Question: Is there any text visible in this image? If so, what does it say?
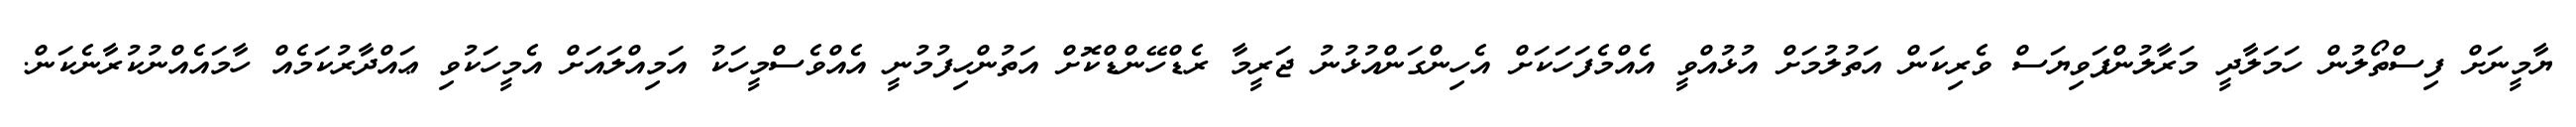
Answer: ޔާމީނަށް ފިސްތޯލުން ހަމަލާދީ މަރާލުންފަވިޔަސް ވެރިކަން އަތުލުމަށް އުޅުއްވީ އެއްމެފަހަކަށް އެހިންގަންއުޅުނު ޖަރީމާ ރެޑްހޭންޑްކޮށް އަތުންހިފުމުނީ އެއްވެސްމީހަކު އަމިއްލައަށް އެމީހަކުވި ޢައްދާރުކަމެއް ހާމައެއްނުކުރާނެކަން.